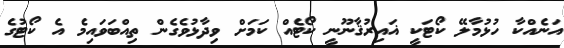
އަނެއްކާ ހުޅުމާލޭ ކޯޓަކީ ޣައިރުޤާނޫނީ ކޯޓެއް ކަމަށް ވިދާޅުވެގެން ތިއްބަވައިމެ އެ ކޯޓުގެ